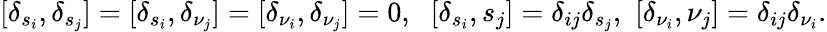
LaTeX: [\delta_{s_{i}},\delta_{s_{j}}]=[\delta_{s_{i}},\delta_{\nu_{j}}]=[\delta_{\nu_{i}},\delta_{\nu_{j}}]=0,\, \, \ [\delta_{s_{i}},s_{j}]=\delta_{ij}\delta_{s_{j}},\, \, [\delta_{\nu_{i}},\nu_{j}]=\delta_{ij}\delta_{\nu_{i}}.